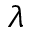
\lambda